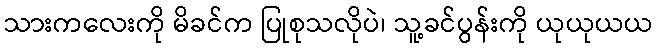
သားကလေးကို မိခင်က ပြုစုသလိုပဲ၊ သူ့ခင်ပွန်းကို ယုယုယယ